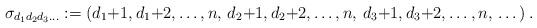
LaTeX: \begin{align*}\sigma_{d_1d_2d_3\dots} :=(d_1{+}1, d_1{+}2, \dots , n,\,d_2 {+}1 , d_2 {+}2, \dots ,n,\,d_3 {+}1 , d_3 {+}2, \dots ,n,\,\dots)\,.\end{align*}